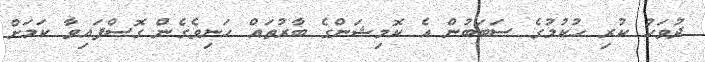
ދުވަހު ކުރި ހުކުމުގެ ސަބަބުން އެ ކޮމިޝަންގެ ބާރުތައް ހަނިވެގެން ގޮސްފައިވާ ކަމަށް